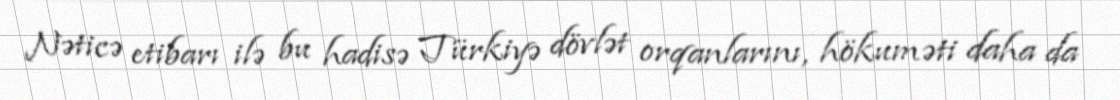
Nəticə etibarı ilə bu hadisə Türkiyə dövlət orqanlarını, hökuməti daha da